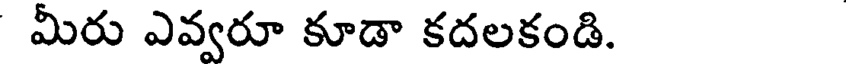
మీరు ఎవ్వరూ కూడా కదలకండి.